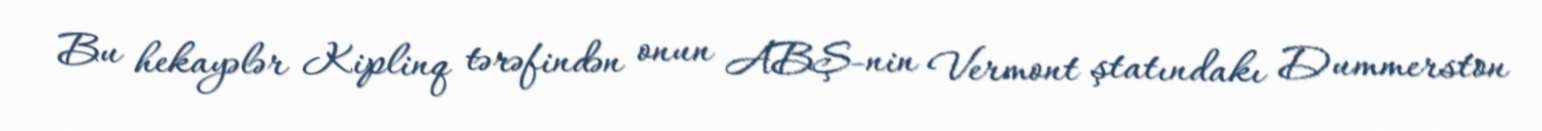
Bu hekayələr Kiplinq tərəfindən onun ABŞ-nin Vermont ştatındakı Dummerston